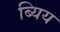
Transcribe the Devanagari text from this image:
ब्यिय